Annual report on the health of the army in India
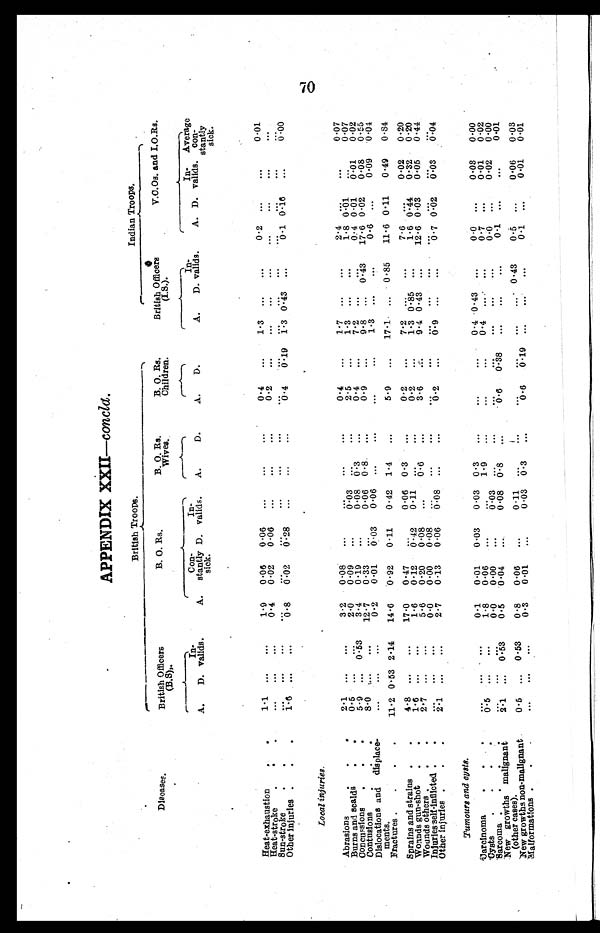
APPENDIX XXII—concld.
Diseases.
British Troops.
Indian Troops
.
British Officers
(B.S),.
B. O. Rs.
B. O. Rs.
Wives.
B. O. Rs.
Children.
British Officers
(I.S.).
V. O. Os. and I.O.Rs.
A.
D.
In
- v a l i d s .
A.
Con
- s t a n t l y
sick.
D.
In
-valids.
A.
D.
A.
D.
A.
D.
In
-valids.
A. D.
In
-valids.
Average
con
-stantly
sick.
Heat-exhaustion
.
1.1
. . .
. . .
1.9
0.06
0.06
...
...
...
0.4
...
1.3 . . .
...
0.2 ...
...
0.01
Heat-stroke
.
. .
...
...
...
0.4
0.02
0.06
...
...
...
0.2
...
...
...
...
...
...
...
...
Sun-stroke
. .
. . .
. . .
. . . ...
...
...
. . .
. . .
...
. . .
... ...
. . . ...
...
...
. . .
. . .
Other injuries .
.
1.6 ...
. . .
0.8
0 . 2 8
. . . . . . .
. . .
. . .
...
0 . 4
0.19 1.3 0.43
...
0.1 0.16
...
0.00
Local injuries.
Abrasions
. . .
2.1
. . .
. . .
3.2
0.08
...
...
...
...
0.4
...
1.7
. . .
...
2. 4 ...
...
0.07
Burns and scalds
. .
0.5
. . .
. . .
2.0
0.09
...
0. 03 ...
...
2.5
... 1.3
. . .
...
1 . 8 0.01
. . .
0.07
Concussions
. . .
5.9
. . .
0 . 5 3
3.4
0 . 1 9
...
0.08 0.3
...
0 . 4
...
7.2
. . .
...
0.4 0.01
0. 01 0.02
Contusions
..
3.0 ...
...
1 2 . 7
0.33
...
0.06 0.8
...
0.9
...
9.8 ... 0.43 17.6 0.02 0.08 0.55
Dislocations and
displace-ments.
...
...
...
0.2
0.01
0.03
0.06 ...
...
...
...
1.3
...
...
0.6
...
0.09
0.04
Fractures .
..
11.2 0.53
2 . 1 4
14.6
0.92
0.11
0.42 1.4
...
5.9
...
17.1 ... 0.85
11.6 0.11
0.49
0.84
Sprains and strains .
.
4.8 ...
...
17.0
0.47
...
0.06 0.3
...
0.2
...
7.2 ...
...
7.6 ..
0.02
0.20
Wounds gun-shot.
1.6 ...
...
1.6
0 . 1 2
0.42
0.11 ...
..
0 . 2
...
1.3 0.85 ...
1.6 0.44 0 . 32
0.20
Wounds others .
.
.
2.7 ...
. . .
5.6
0.20
0.08
...
0.6
...
3 . 6
...
9.4 0.43 ...
12.6 0.03 0.05
0 . 4 4
Injuries self-inflicted .
...
...
...
0.0
0 . 0 0
0.08
. . .
...
...
. . .
. . .
...
...
...
...
...
...
...
Other Injuries .
.
2.1
...
...
2.7
0.13
0.06
0. 08 ...
...
0 . 2
...
0.9
. . .
...
0.7 0.02 0.03
0 . 0 4
Tumours and cysts.
Uarcinoma
.
.
. . .
...
...
0 . 1
0.01
0.03
0.03 0.3
...
...
...
0.4 0.43 ...
0.0 ...
0.03
0.00
Cysts
. .
0.5 ...
...
1.8
0.06
..
...
1.9
...
. . . ...
0.4
. . .
...
0.7 ...
0.01
0.02
Sarcoma
. . .
...
...
...
0 . 0
0.00
...
0. 03
..
...
. . .
...
...
...
...
0.0
...
0.02
0.00
New growths malignant (other cases).
2 . 1 .. ..
0 . 5 3
0.5
0.04
...
0.08 0.8
...
0.6
0.38 ...
. . .
...
0.1 ...
...
0.01
New growths non-malignant
0.5 ...
0 . 5 3
0.8
0.06
...
0.11
...
. . .
. . . ...
...
...
0.43
0.5
...
0.06
0.03
Malformations
. . .
...
. . .
0 . 3
0.01
...
0.03 0.3
...
0 . 6
0.19 ...
. . .
...
0.1
...
0. 01
0.01